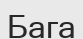
Бага